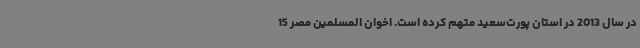
در سال 2013 در استان پورت‌سعید متهم کرده است. اخوان المسلمین مصر 15